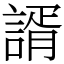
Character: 諝